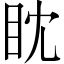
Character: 眈